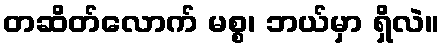
တဆိတ်လောက် မစ္စ၊ ဘယ်မှာ ရှိလဲ။